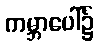
ကမ္ဘာပေါ်၌